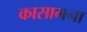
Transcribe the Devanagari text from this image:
कासामना